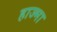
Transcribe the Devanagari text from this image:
हाज्मा